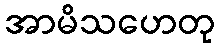
အာမိသဟေတု